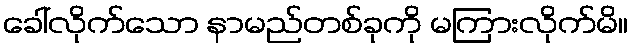
ခေါ်လိုက်သော နာမည်တစ်ခုကို မကြားလိုက်မိ။